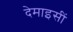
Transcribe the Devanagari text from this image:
देमाइसीं